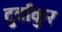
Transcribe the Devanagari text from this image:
दुर्वांकुर